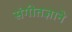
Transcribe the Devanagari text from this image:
संगीतज्ञाने